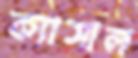
ক্যাসাল